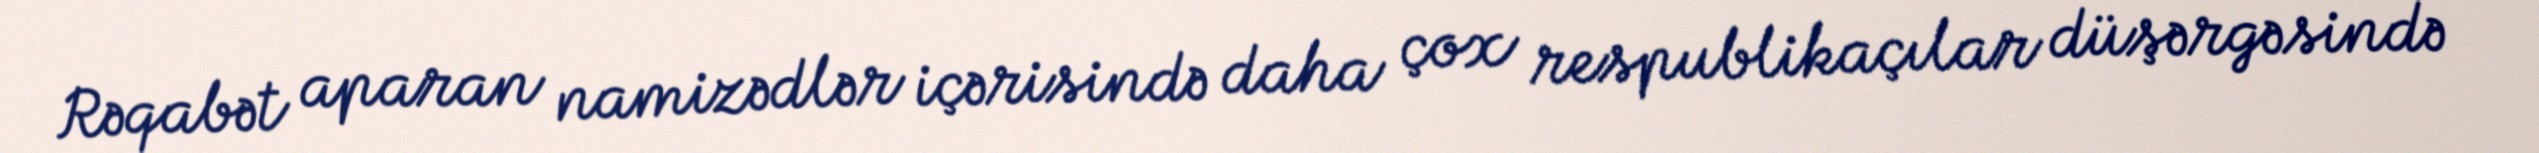
Rəqabət aparan namizədlər içərisində daha çox respublikaçılar düşərgəsində